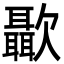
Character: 㱌